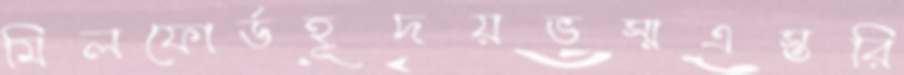
মিলফোর্ডহূদয়ভস্মএস্তরি